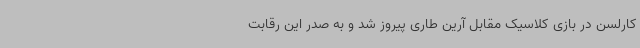
کارلسن در بازی کلاسیک مقابل آرین طاری پیروز شد و به صدر این رقابت